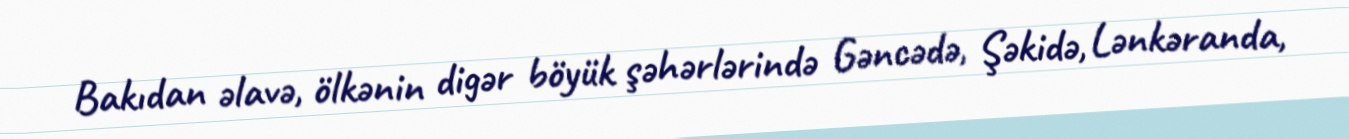
Bakıdan əlavə, ölkənin digər böyük şəhərlərində Gəncədə, Şəkidə, Lənkəranda,